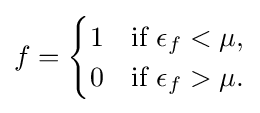
f={\begin{cases}1&{\mbox{if }}\epsilon _{f}<\mu ,\\0&{\mbox{if }}\epsilon _{f}>\mu .\\\end{cases}}